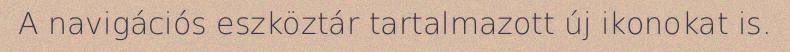
A navigációs eszköztár tartalmazott új ikonokat is.